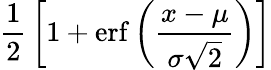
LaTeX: {\frac{1}{2}}\left[1+\operatorname{erf}\left({\frac{x-\mu}{\sigma{\sqrt{2}}}}\right)\right]